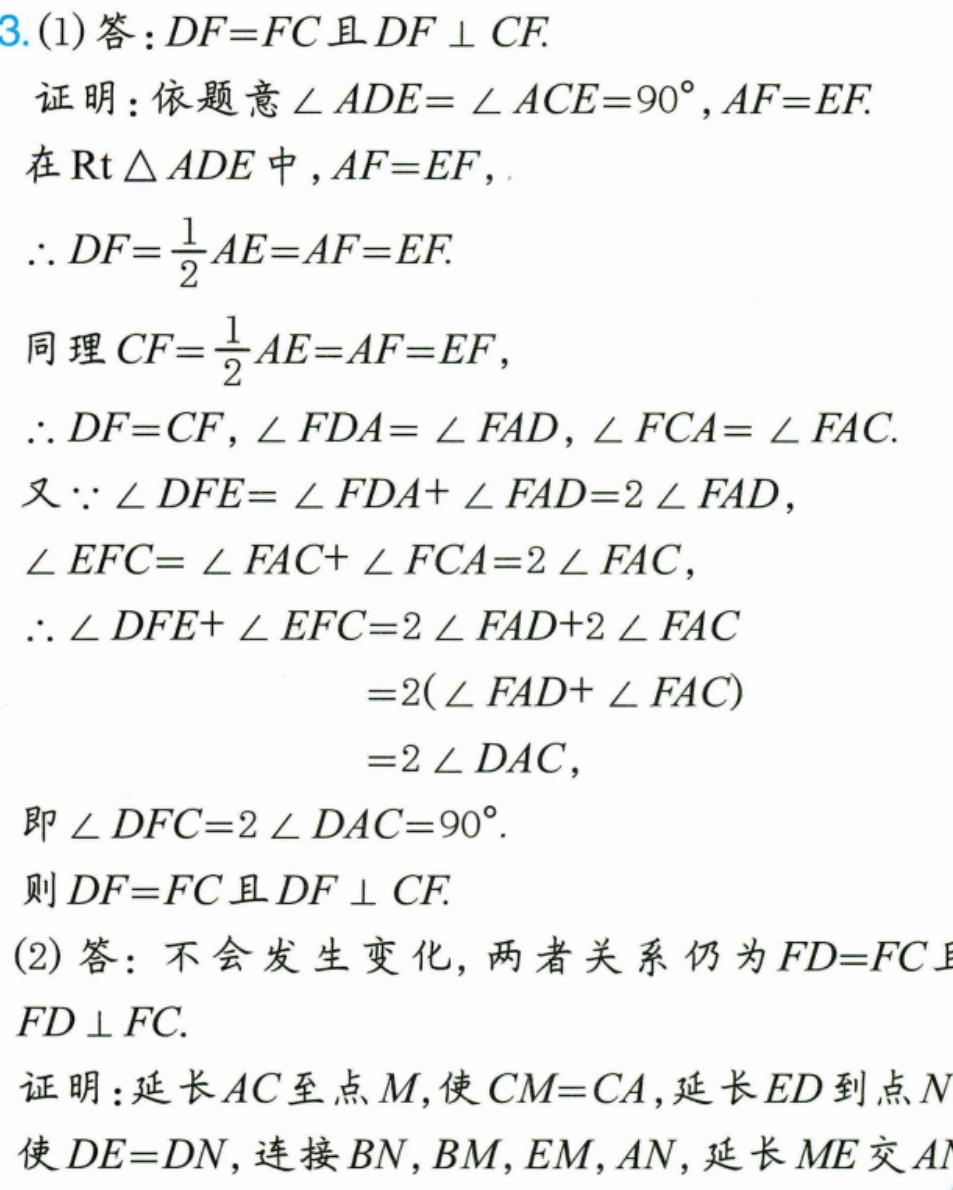
3.(1) 答：$DF = FC$且$DF\perp CF$.
证明：依题意$\angle ADE=\angle ACE = 90^{\circ},AF = EF$.
在$\mathrm{Rt}\triangle ADE$中,$AF = EF$,
$\therefore DF=\frac{1}{2}AE = AF = EF$.
同理$CF=\frac{1}{2}AE = AF = EF$,
$\therefore DF = CF$,$\angle FDA=\angle FAD$,$\angle FCA=\angle FAC$.
又$\because\angle DFE=\angle FDA+\angle FAD = 2\angle FAD$,
$\angle EFC=\angle FAC+\angle FCA = 2\angle FAC$,
$\therefore\angle DFE+\angle EFC=2\angle FAD + 2\angle FAC$
$=2(\angle FAD+\angle FAC)$
$=2\angle DAC$,
即$\angle DFC=2\angle DAC = 90^{\circ}$.
则$DF = FC$且$DF\perp CF$.
(2) 答：不会发生变化, 两者关系仍为$FD = FC$且
$FD\perp FC$.
证明：延长$AC$至点$M$,使$CM = CA$,延长$ED$到点$N$
使$DE = DN$,连接$BN,BM,EM,AN$,延长$ME$交$AN$